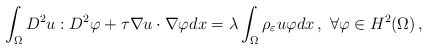
\begin{align*}\int_\Omega D^2u:D^2\varphi+\tau \nabla u\cdot\nabla\varphi dx=\lambda\int_\Omega\rho_{\varepsilon} u \varphi dx\,,\ \forall\varphi\in H^2(\Omega)\,,\end{align*}